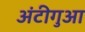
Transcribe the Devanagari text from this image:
अंटीगुआ